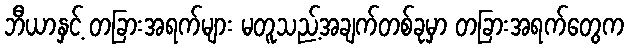
ဘီယာနှင့် တခြားအရက်များ မတူသည့်အချက်တစ်ခုမှာ တခြားအရက်တွေက